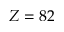
Z = 8 2